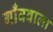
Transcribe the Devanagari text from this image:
गाँववाला